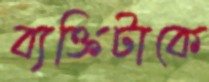
ব্যক্তিটাকে